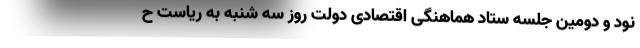
نود و دومین جلسه ستاد هماهنگی اقتصادی دولت روز سه شنبه به ریاست ح